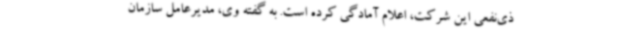
ذی‌نفعی این شرکت، اعلام آمادگی کرده است. به گفته وی، مدیرعامل سازمان